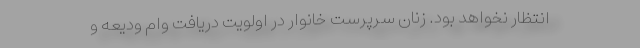
انتظار نخواهد بود. زنان سرپرست خانوار در اولویت دریافت وام ودیعه و